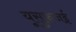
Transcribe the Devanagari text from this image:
यूसुफ़जई